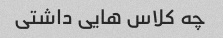
چه کلاس هایی داشتی